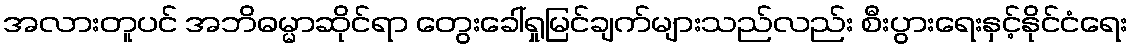
အလားတူပင် အဘိဓမ္မာဆိုင်ရာ တွေးခေါ်ရှုမြင်ချက်များသည်လည်း စီးပွားရေးနှင့်နိုင်ငံရေး